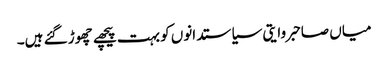
میاں صاحبروایتی سیاستدانوں کو بہت پیچھے چھوڑ گئے ہیں۔